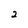
Character: 2